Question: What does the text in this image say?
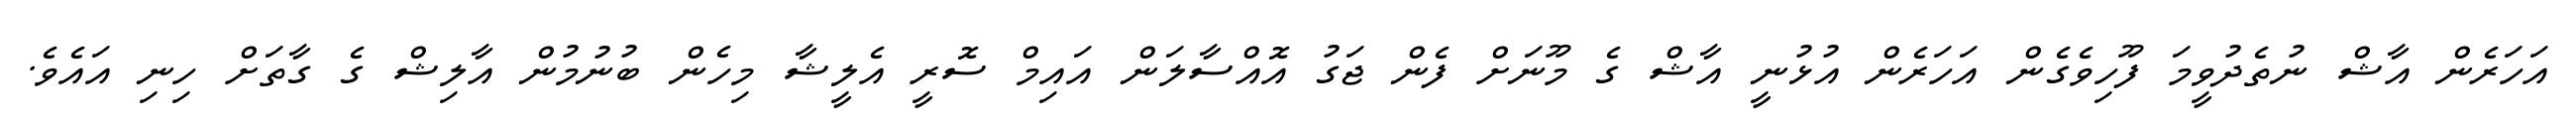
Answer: އަހަރެން އާޝް ނުތެދުވީމަ ފޫހިވެގެން އަހަރެން އުޅުނީ އާޝް ގެ މޫނަށް ފެން ޖަގު އޮއްސާލަން އައިމް ސޮރީ އެލީޝާ މިހެން ބުނުމުން އާލިޝް ގެ ގާތަށް ހިނި އައެވެ.